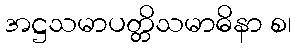
အဋ္ဌသမာပတ္တိသမာဓိနာ စ၊